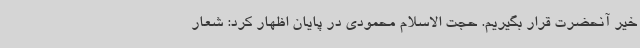
خیر آنحضرت قرار بگیریم. حجت الاسلام محمودی در پایان ‌اظهار کرد: شعار